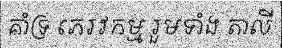
គាំទ្រ ភេរវកម្ម រួមទាំង តាលី